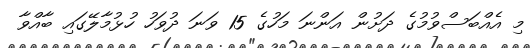
މި އެއްބަސްވުމުގެ ދަށުން އަންނަ މަހުގެ 15 ވަނަ ދުވަހު ހުޅުމާލޭގައި ބާއްވާ